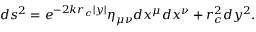
d s ^ { 2 } = e ^ { - 2 k r _ { c } | y | } \eta _ { \mu \nu } d x ^ { \mu } d x ^ { \nu } + r _ { c } ^ { 2 } d y ^ { 2 } .